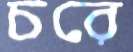
চরে